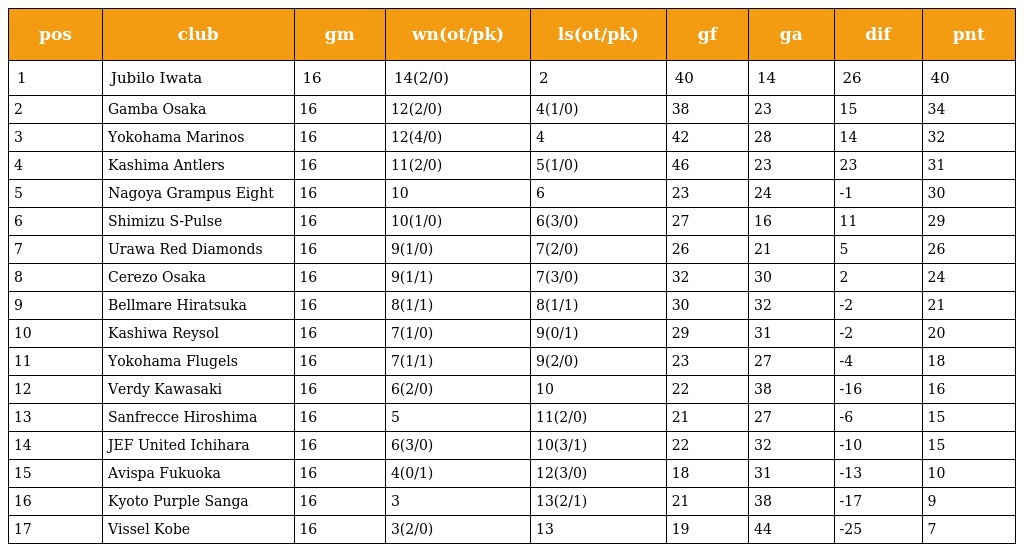
| pos | club | gm | wn(ot/pk) | ls(ot/pk) | gf | ga | dif | pnt |
 | --- | --- | --- | --- | --- | --- | --- | --- | --- |
 | 1 | Jubilo Iwata | 16 | 14(2/0) | 2 | 40 | 14 | 26 | 40 |
 | 2 | Gamba Osaka | 16 | 12(2/0) | 4(1/0) | 38 | 23 | 15 | 34 |
 | 3 | Yokohama Marinos | 16 | 12(4/0) | 4 | 42 | 28 | 14 | 32 |
 | 4 | Kashima Antlers | 16 | 11(2/0) | 5(1/0) | 46 | 23 | 23 | 31 |
 | 5 | Nagoya Grampus Eight | 16 | 10 | 6 | 23 | 24 | -1 | 30 |
 | 6 | Shimizu S-Pulse | 16 | 10(1/0) | 6(3/0) | 27 | 16 | 11 | 29 |
 | 7 | Urawa Red Diamonds | 16 | 9(1/0) | 7(2/0) | 26 | 21 | 5 | 26 |
 | 8 | Cerezo Osaka | 16 | 9(1/1) | 7(3/0) | 32 | 30 | 2 | 24 |
 | 9 | Bellmare Hiratsuka | 16 | 8(1/1) | 8(1/1) | 30 | 32 | -2 | 21 |
 | 10 | Kashiwa Reysol | 16 | 7(1/0) | 9(0/1) | 29 | 31 | -2 | 20 |
 | 11 | Yokohama Flugels | 16 | 7(1/1) | 9(2/0) | 23 | 27 | -4 | 18 |
 | 12 | Verdy Kawasaki | 16 | 6(2/0) | 10 | 22 | 38 | -16 | 16 |
 | 13 | Sanfrecce Hiroshima | 16 | 5 | 11(2/0) | 21 | 27 | -6 | 15 |
 | 14 | JEF United Ichihara | 16 | 6(3/0) | 10(3/1) | 22 | 32 | -10 | 15 |
 | 15 | Avispa Fukuoka | 16 | 4(0/1) | 12(3/0) | 18 | 31 | -13 | 10 |
 | 16 | Kyoto Purple Sanga | 16 | 3 | 13(2/1) | 21 | 38 | -17 | 9 |
 | 17 | Vissel Kobe | 16 | 3(2/0) | 13 | 19 | 44 | -25 | 7 |